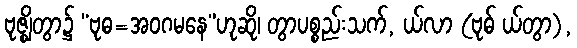
ဗုဇ္ဈိတွာ၌ “ဗုဓ=အဝဂမနေ”ဟုဆို၊ တွာပစ္စည်းသက်, ယ်လာ (ဗုဓ် ယ်တွာ),